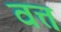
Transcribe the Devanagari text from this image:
वत्त